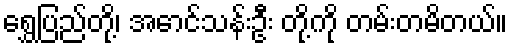
ရွှေပြည်တို့၊ အောင်သန်းဦး တို့ကို တမ်းတမိတယ်။